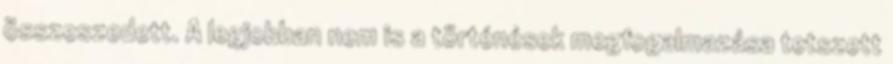
összeszedett. A legjobban nem is a történések megfogalmazása tetszett